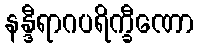
နန္ဒီရာဂပရိက္ခီဏော